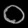
Digit: ၀